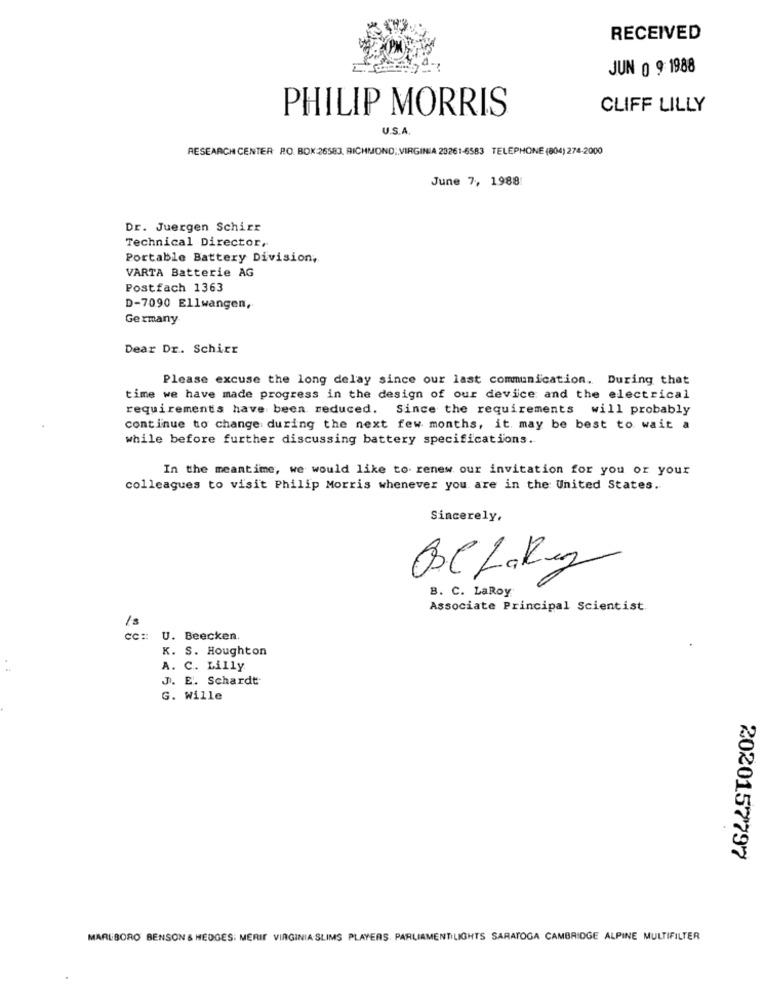
RECEIVED
JUN 0 9 1988
PHILIP MORRIS
CLIFF LILLY
U.S.A.
RESEARCH CENTER RO. BOK 26583, RICHMOND, VIRGINIA 23261-6583 TELEPHONE (804) 274-2000
June 7, 1988
Dr. Juergen Schirr
Technical Director,
Portable Battery Division,
VARTA Batterie AG
Postfach 1363
D-7090 Ellwangen,
Germany
Dear Dr. Schirr
Please excuse the long delay since our last communication. During that
time we have made progress in the design of our device and the electrical
requirements have been reduced. Since the requirements will probably
continue to change during the next few months, it may be best to wait a
while before further discussing battery specifications.
In the meantime, we would like to renew our invitation for you or your
colleagues to visit Philip Morris whenever you are in the United States.
Sincerely,
Ose Lakey
B. C. LaRoy
Associate Principal Scientist
cc :: U. Beecken
K. S. Houghton
A. C. Lilly
J. E. Schardt
G. Wille
2020157797
MARLBORO BENSON & HEDGES: MERIT VIRGINIA SLIMS PLAYERS. PARLIAMENTILIGHTS SARATOGA CAMBRIDGE ALPINE MULTIFILTER